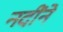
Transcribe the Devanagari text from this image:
नदींने